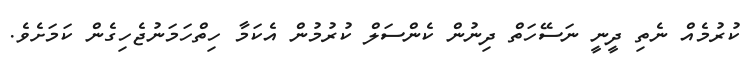
ކުރުމެއް ނެތި ދީނީ ނަސޭހަތް ދިނުން ކެންސަލް ކުރުމުން އެކަމާ ހިތްހަމަނުޖެހިގެން ކަމަށެވެ.